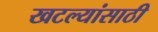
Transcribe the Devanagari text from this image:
खटल्यांसाठी